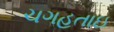
ચગહતાઇ